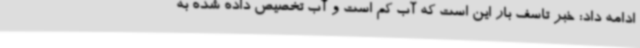
ادامه داد: خبر تاسف بار این است که آب کم است و آب تخصیص داده شده به